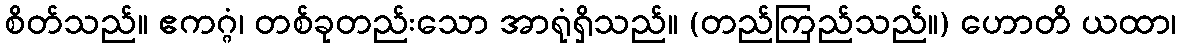
စိတ်သည်။ ဧကဂ္ဂံ၊ တစ်ခုတည်းသော အာရုံရှိသည်။ (တည်ကြည်သည်။) ဟောတိ ယထာ၊